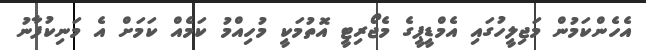
އެހެންކަމުން މަޖިލީހުގައި އެމްޑީޕީގެ މެޖޯރިޓީ އޮތުމަކީ މުހިއްމު ކަމެއް ކަމަށް އެ މަނިކުފާނު